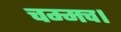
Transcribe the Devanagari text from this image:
चम्मच।